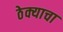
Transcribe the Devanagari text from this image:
ठेक्याचा